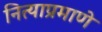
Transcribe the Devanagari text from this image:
नित्याप्रमाणे